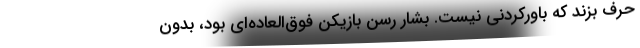
حرف بزند که باورکردنی نیست. بشار رسن بازیکن فوق‌العاده‌ای بود، بدون